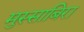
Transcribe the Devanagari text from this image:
मुस्साबिरा